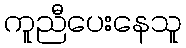
ကူညီပေးနေသူ